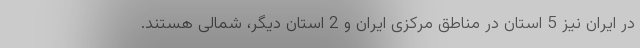
در ایران نیز 5 استان در مناطق مرکزی ایران و 2 استان دیگر، شمالی هستند.